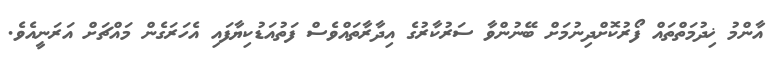
އާންމު ޚިދުމަތްތައް ފޯރުކޮށްދިނުމަށް ބޭނުންވާ ސަރުކާރުގެ އިދާރާތައްވެސް ފަތުއަޑުކިޔާފައި އެހަރަގެން މައްޗަށް އަރަނީއެވެ.